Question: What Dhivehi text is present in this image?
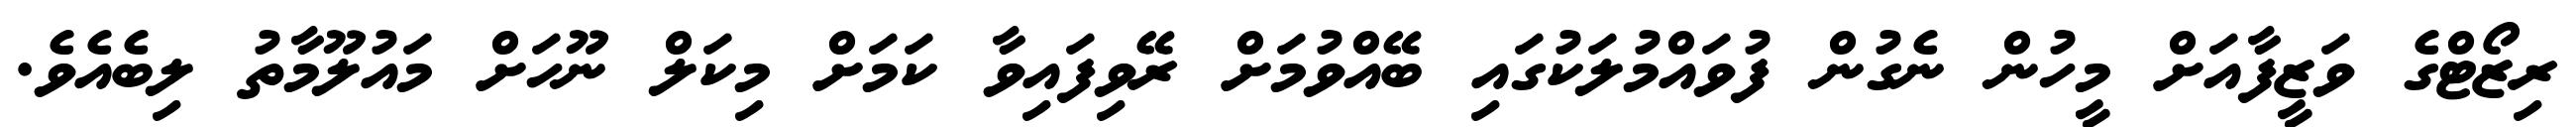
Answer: ރިޒޯޓްގެ ވަޒީފާއަށް މީހުން ނެގުން ފުވައްމުލަކުގައި ބޭއްވުމަށް ރޭވިފައިވާ ކަމަށް މިކަލް ނޫހަށް މައުލޫމާތު ލިބެއެވެ.